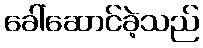
ခေါ်ဆောင်ခဲ့သည်